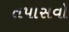
તપાસવો